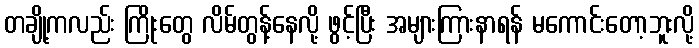
တချို့ကလည်း ကြိုးတွေ လိမ်တွန့်နေလို့ ဖွင့်ပြီး အများကြားနာရန် မကောင်းတော့ဘူးလို့